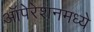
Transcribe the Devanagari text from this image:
ऑपेरेशनमध्ये